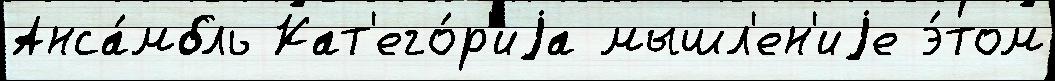
Анса́мбль Кат'его́р'иjа мышл'ен'иjе э́том